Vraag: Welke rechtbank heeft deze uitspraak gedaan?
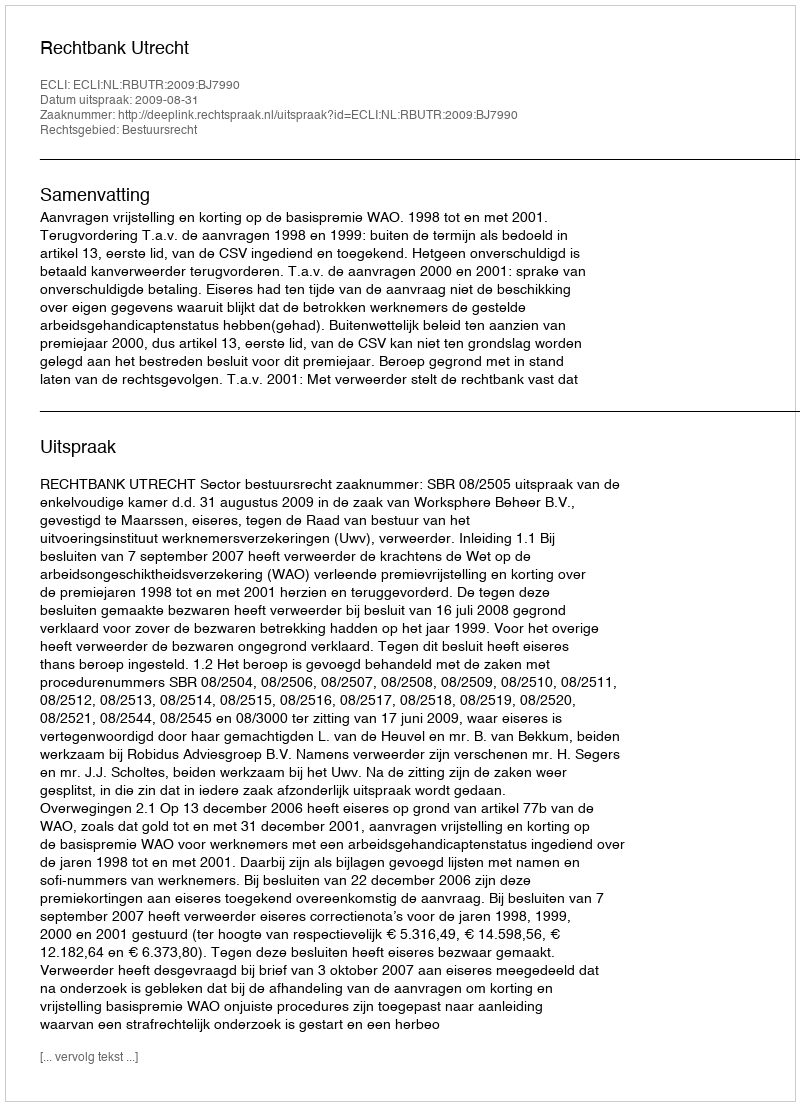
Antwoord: Rechtbank Utrecht